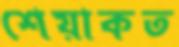
শেয়াকত